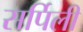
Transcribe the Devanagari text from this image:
सर्पिली